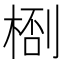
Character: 𬃙